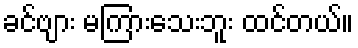
ခင်ဗျား မကြားသေးဘူး ထင်တယ်။